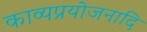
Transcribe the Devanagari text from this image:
काव्यप्रयोजनादि